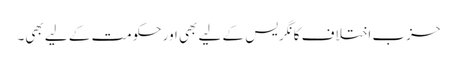
حزب اختلاف کانگریس کے لیے بھی اور حکومت کے لیے بھی۔